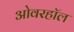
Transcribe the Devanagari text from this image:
ओवरहॉल